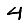
Digit: 4